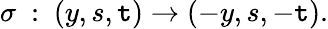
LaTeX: \sigma~:~(y,s,\mathtt{t})\rightarrow(-y,s,-\mathtt{t}).